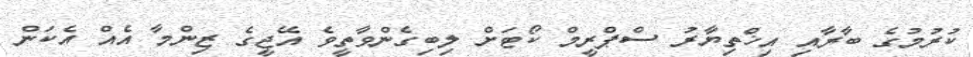
ކުރުމުގެ ބާރާއި އިޚްތިޔާރު ސްޕްރީމް ކޯޓަށް ލިބިގެންވާތީވެ އޭޖީގެ ޒިންމާ އެއް އެކަން